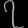
Digit: ၇